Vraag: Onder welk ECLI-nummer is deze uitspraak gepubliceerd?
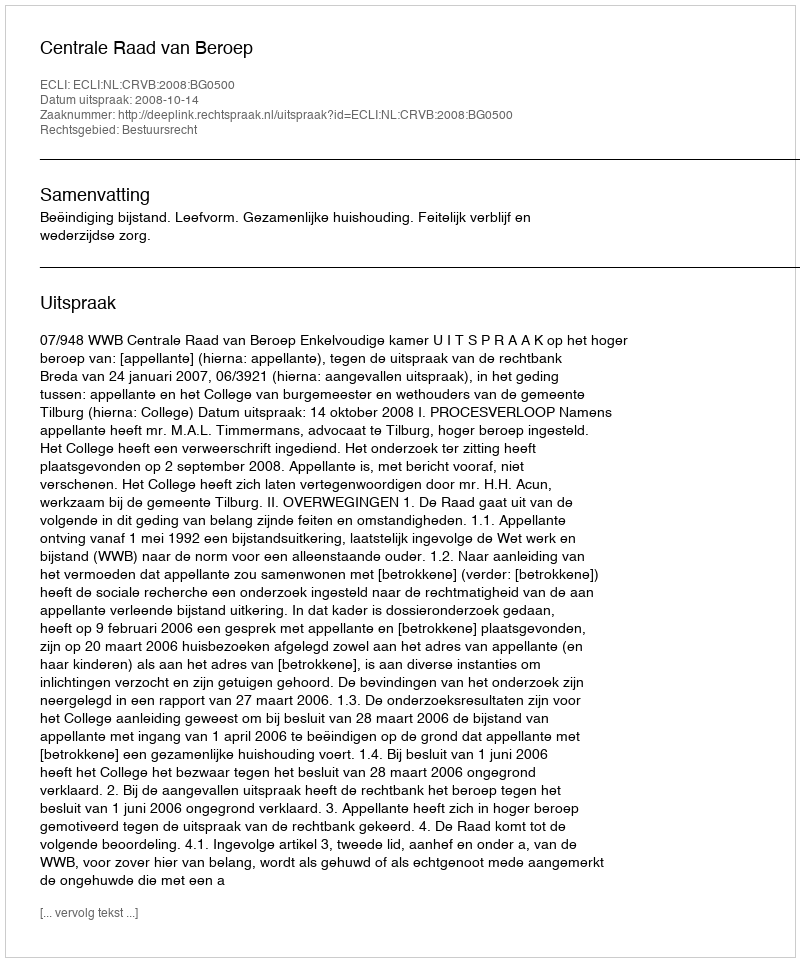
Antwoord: ECLI:NL:CRVB:2008:BG0500